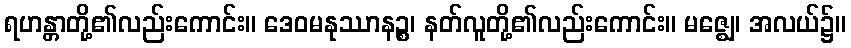
ရဟန္တာတို့၏လည်းကောင်း။ ဒေဝမနုဿာနဉ္စ၊ နတ်လူတို့၏လည်းကောင်း။ မဇ္ဈေ၊ အလယ်၌။